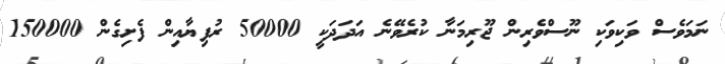
ނަމަވެސް ވަކިވަކި ނޫސްވެރިން ޖޫރިމަނާ ކުރެވޭނެ އަދަދަކީ 50000 ރުފިޔާއިން ފެށިގެން 150000